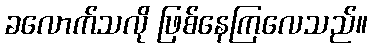
ခလောက်သလို ဖြစ်နေကြလေသည်။